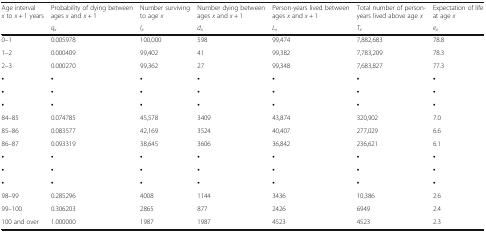
| Age interval x to x + 1 years | Probability of dying between ages x and x + 1 | Number surviving to age x | Number dying between ages x and x + 1 | Person-years lived between ages x and x + 1 | Total number of person-years lived above age x | Expectation of life at age x |
 |  | qx | lx | dx | Lx | Tx | ex |
 | --- | --- | --- | --- | --- | --- | --- |
 | 0–1 | 0.005978 | 100,000 | 598 | 99,474 | 7,882,683 | 78.8 |
 | 1–2 | 0.000409 | 99,402 | 41 | 99,382 | 7,783,209 | 78.3 |
 | 2–3 | 0.000270 | 99,362 | 27 | 99,348 | 7,683,827 | 77.3 |
 | ▪ | ▪ | ▪ | ▪ | ▪ | ▪ | ▪ |
 | ▪ | ▪ | ▪ | ▪ | ▪ | ▪ | ▪ |
 | ▪ | ▪ | ▪ | ▪ | ▪ | ▪ | ▪ |
 | 84–85 | 0.074785 | 45,578 | 3409 | 43,874 | 320,902 | 7.0 |
 | 85–86 | 0.083577 | 42,169 | 3524 | 40,407 | 277,029 | 6.6 |
 | 86–87 | 0.093319 | 38,645 | 3606 | 36,842 | 236,621 | 6.1 |
 | ▪ | ▪ | ▪ | ▪ | ▪ | ▪ | ▪ |
 | ▪ | ▪ | ▪ | ▪ | ▪ | ▪ | ▪ |
 | ▪ | ▪ | ▪ | ▪ | ▪ | ▪ | ▪ |
 | 98–99 | 0.285296 | 4008 | 1144 | 3436 | 10,386 | 2.6 |
 | 99–100 | 0.306203 | 2865 | 877 | 2426 | 6949 | 2.4 |
 | 100 and over | 1.000000 | 1987 | 1987 | 4523 | 4523 | 2.3 |